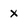
Character: x